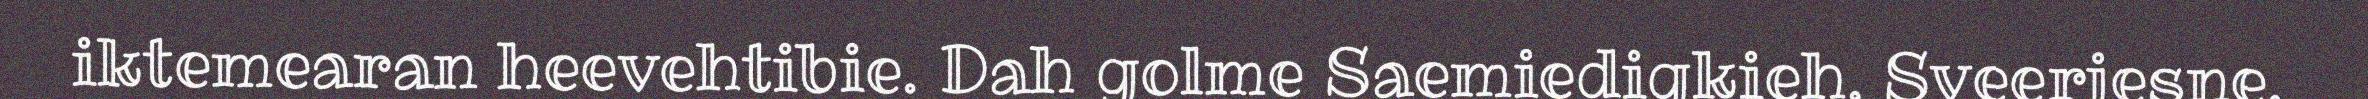
iktemearan heevehtibie. Dah golme Saemiedigkieh, Sveerjesne,